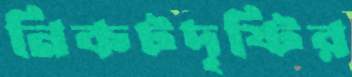
নিকটদৃষ্টির